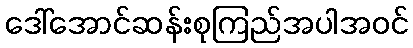
ဒေါ်အောင်ဆန်းစုကြည်အပါအဝင်